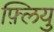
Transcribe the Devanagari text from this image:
फ़्लियु